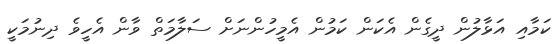
ކަމާއި އަޅާލުން ދީގެން އެކަން ކަމުން އެމީހުންނަށް ސަލާމަތް ވާން އެހީވެ ދިނުމަކީ